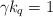
\begin{align*}\gamma k_q=1\quad\end{align*}